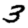
Digit: 3